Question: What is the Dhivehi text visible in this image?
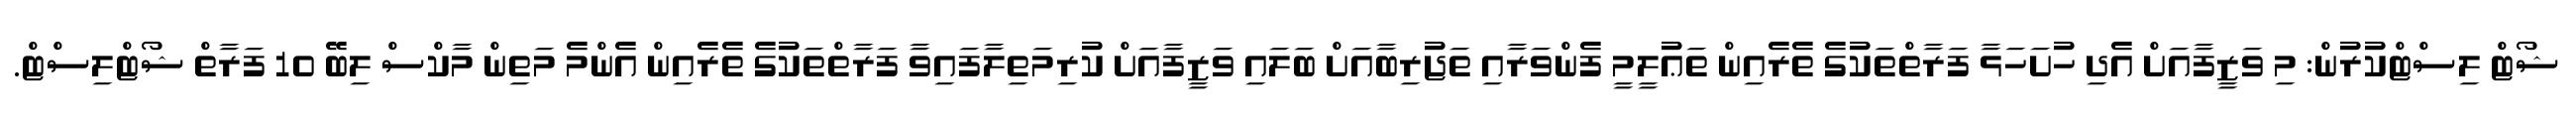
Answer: ޝޯޓް ލިސްޓްކުރުން: މި ވަޒީފާއަށް އެދި ހުށަހަޅާ ފަރާތްތަކުގެ ތެރެއިން ތަޢުލީމީ ފެންވަރާއި ތަޖުރިބާއަށް ބަލައި ވަޒީފާއަށް ކުރިމަތިލާފައިވާ ފަރާތްތަކުގެ ތެރެއިން އެންމެ މަތިން މާކްސް ލިބޭ 10 ފަރާތް ޝޯޓްލިސްޓް.